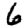
Digit: 6